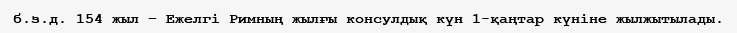
б.з.д. 154 жыл – Ежелгі Римның жылғы консулдық күн 1-қаңтар күніне жылжытылады.